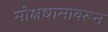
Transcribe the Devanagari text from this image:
मोक्षधामावरून